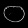
Digit: ၀